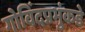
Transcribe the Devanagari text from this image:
गोविंदप्रभुंकडे